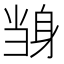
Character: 𲄝